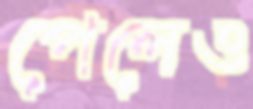
পেলেও